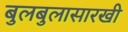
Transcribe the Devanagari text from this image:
बुलबुलासारखी